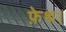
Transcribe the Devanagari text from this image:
फ़ेथ।